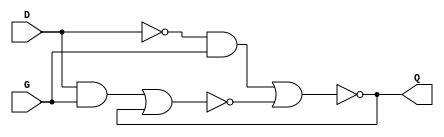
module D_latch(input D,G ,output Q);

wire notD, S, R, notQ;
not (notD, D);
and (S, D, G);
and (R, notD, G);
nor (Q, R, notQ);
nor (notQ, S, Q);

endmodule